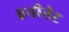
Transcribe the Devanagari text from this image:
हनीनेट